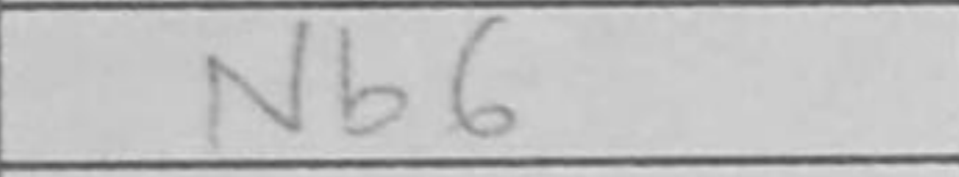
Transcription: Nb6